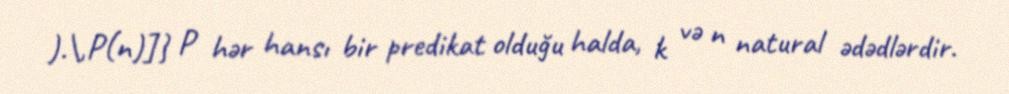
).\,P(n)]} P hər hansı bir predikat olduğu halda, k və n natural ədədlərdir.